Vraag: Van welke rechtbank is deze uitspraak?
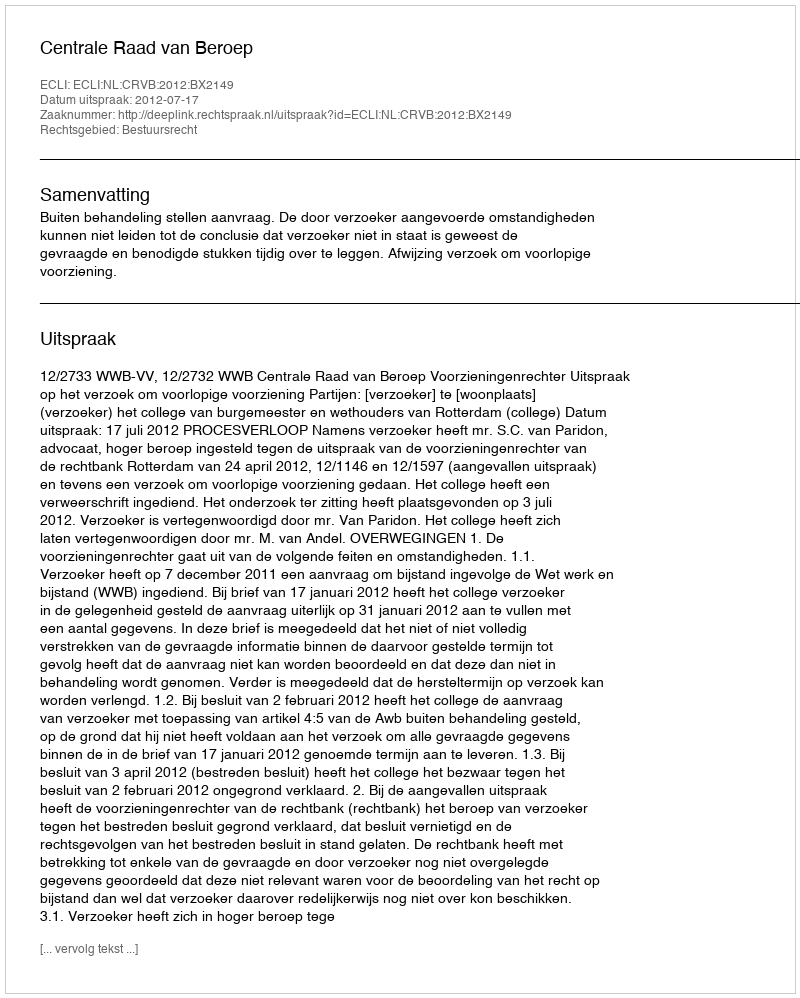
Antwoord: Centrale Raad van Beroep